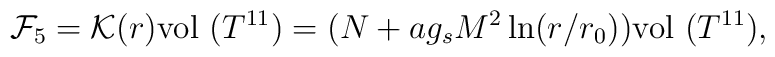
{\cal F}_5 = {\cal K}(r)  \hbox{vol }(T^{11}) = (N + a g_s M^2 \ln (r/r_0)) \hbox{vol }(T^{11}),